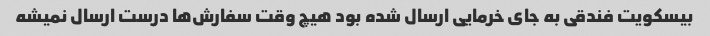
بیسکویت فندقی به جای خرمایی ارسال شده بود هیچ وقت سفارش‌ها درست ارسال نمیشه